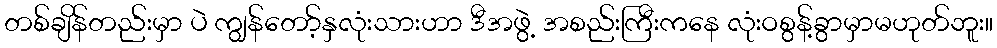
တစ်ချိန်တည်းမှာ ပဲ ကျွန်တော့်နှလုံးသားဟာ ဒီအဖွဲ့ အစည်းကြီးကနေ လုံးဝစွန့်ခွာမှာမဟုတ်ဘူး။